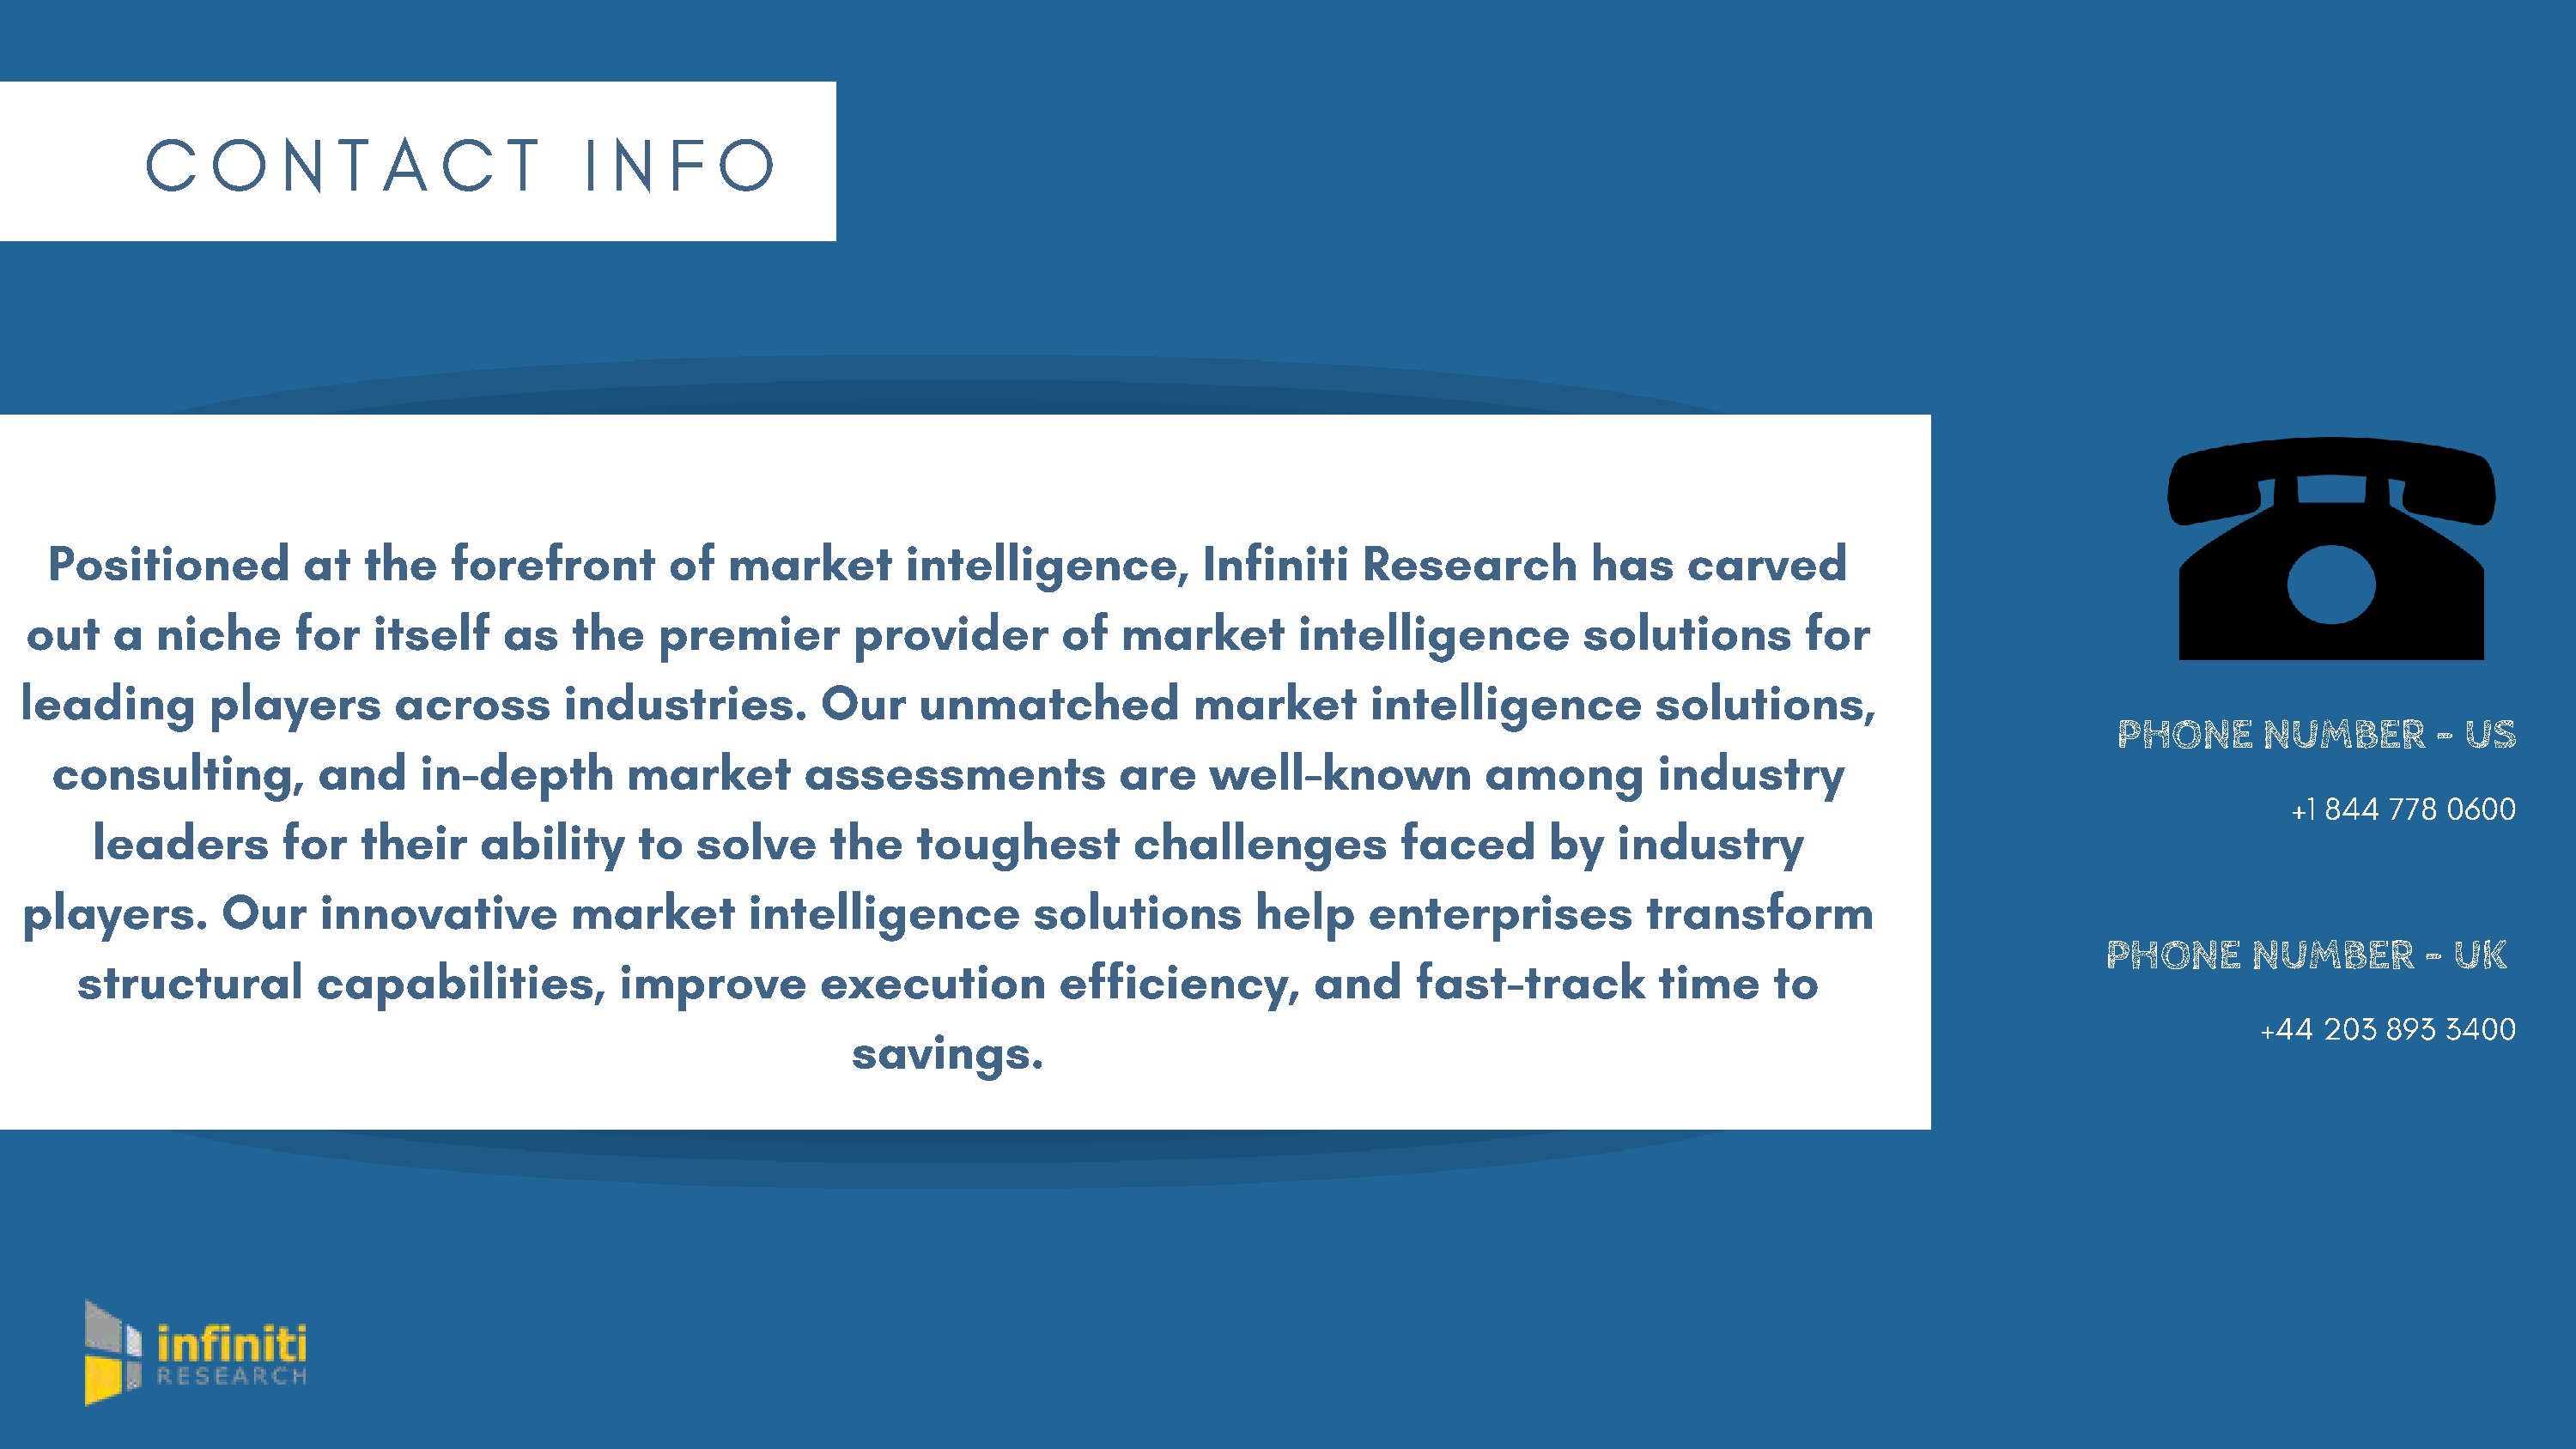
C    O     N   T  A    C    T     I N   F   O
 Positioned         at   the    forefront        of  market        intelligence,          Infiniti    Research          has    carved
 out    a  niche      for   itself    as   the    premier        provider        of  market        intelligence          solutions        for
 leading       players       across       industries.         Our     unmatched            market        intelligence          solutions,
 PHONE      NUMBER        - US
 consulting,          and    in-depth        market        assessments             are    well-known           among         industry
 +1 844 778  0600
 leaders        for   their    ability     to   solve     the    toughest        challenges           faced      by    industry
 players.       Our     innovative         market        intelligence          solutions        help    enterprises           transform
 PHONE       NUMBER       - UK
 structural        capabilities,           improve        execution          efficiency,        and     fast-track         time     to
 +44  203  893 3400
 savings.